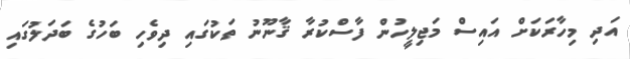
އަދި މިހާރަކަށް އައިސް މަޖިލީހުން ފާސްކުރާ ޤާނޫނު ތަކުގައި ދިވެހި ބަހުގެ ބަދަލުގައި